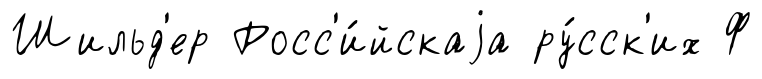
Шильд'ер Росс'и́йскаjа ру́сск'их Ф